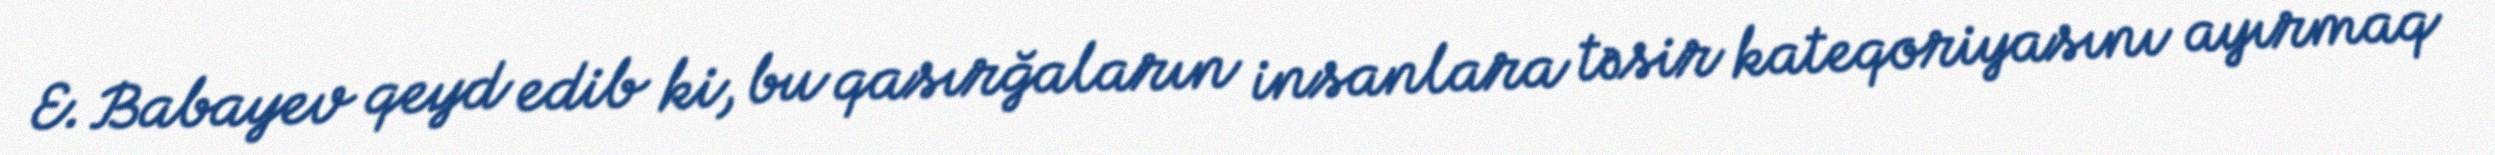
E. Babayev qeyd edib ki, bu qasırğaların insanlara təsir kateqoriyasını ayırmaq